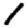
Digit: 1